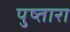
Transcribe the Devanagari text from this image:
पुष्तारा